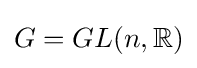
G=GL(n,\mathbb {R} )